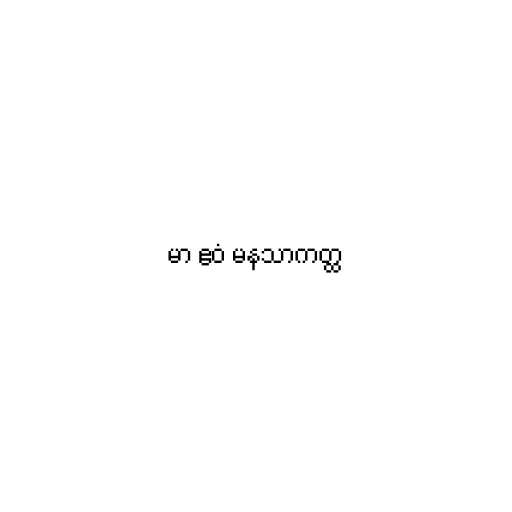
မာ ဧဝံ မနသာကတ္ထ